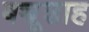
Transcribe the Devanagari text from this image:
बच्चूशाह